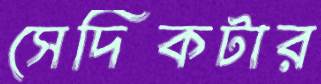
সেদিকটার